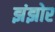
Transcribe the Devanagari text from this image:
झंझोर